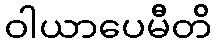
ဝါယာပေမီတိ